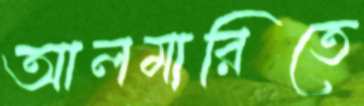
আলমারিতে